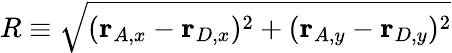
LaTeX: R\equiv\sqrt{(\mathbf{r}_{A,x}-\mathbf{r}_{D,x})^{2}+(\mathbf{r}_{A,y}-\mathbf{r}_{D,y})^{2}}